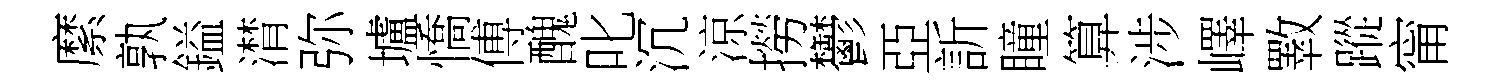
縻孰鎰潸弥壚憍傅醜叱沉涼撈鬱亞訢瞳算涉嶧斁蹤甯